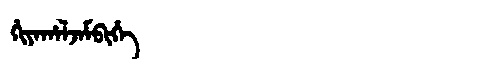
Manchu: ᡥᡳᠶᠠᡥᠠᠯᠵᠠᠮᠪᡳᡥᡝ
Romanization: HIYAHALJAMBIHE